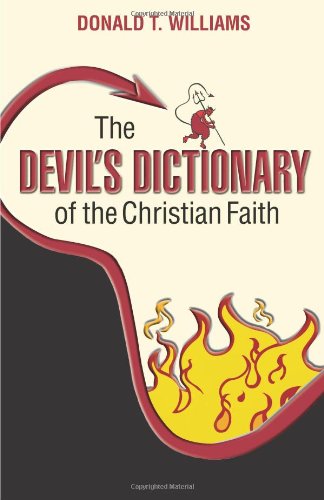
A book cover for The Devil's Dictionary of the Christian Faith; Dr. Donald Williams; Reference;